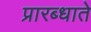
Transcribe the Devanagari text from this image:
प्रारब्धाते